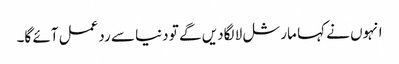
انہوں نے کہا مارشل لا لگادیں گے تو دنیا سے ردعمل آئے گا۔